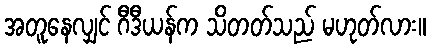
အတူနေလျှင် ဂီဒီယန်က သိတတ်သည် မဟုတ်လား။